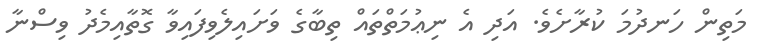
މަތިން ހަނދުމަ ކުރާށެވެ. އަދި އެ ނިޢުމަތްތައް ތިބާގެ ވަށައިލެވިފައިވާ ގޮތާއިމެދު ވިސްނާ